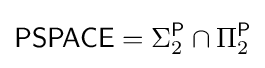
{\mathsf {PSPACE}}=\Sigma _{2}^{\mathsf {P}}\cap \Pi _{2}^{\mathsf {P}}